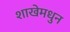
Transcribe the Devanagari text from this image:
शाखेमधुन